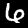
Label: 6